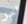
آخر